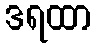
ဒရထာ